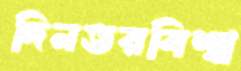
দিনভরবিশ্বা